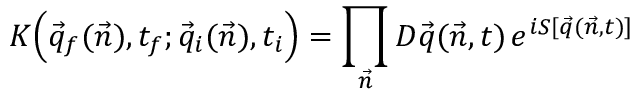
K \Big ( \vec { q } _ { f } ( \vec { n } ) , t _ { f } ; \vec { q } _ { i } ( \vec { n } ) , t _ { i } \Big ) = \prod _ { \vec { n } } { \cal D } \vec { q } ( \vec { n } , t ) \, e ^ { i S [ \vec { q } ( \vec { n } , t ) ] }